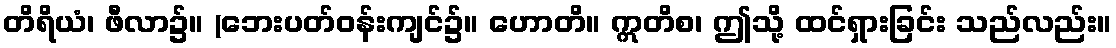
တိရိယံ၊ ဖီလာ၌။ (ဘေးပတ်ဝန်းကျင်၌။ ဟောတိ။ ဣတိစ၊ ဤသို့ ထင်ရှားခြင်း သည်လည်း။